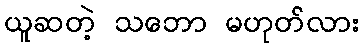
ယူဆတဲ့ သဘော မဟုတ်လား